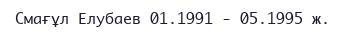
Смағұл Елубаев 01.1991 - 05.1995 ж.